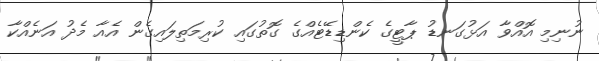
ނުނިމި އޮއްވާ އަޅުގަނޑު ޕާޓީގެ ކެންޑިޑޭޓެއްގެ ގޮތުގައި ކުރިމަތިލައިގެން އެއާ މެދު އަނެއްކާ